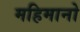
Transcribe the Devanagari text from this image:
महिमानो